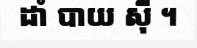
ដាំ បាយ ស៊ី ។